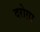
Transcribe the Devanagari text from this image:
दरोग़ा